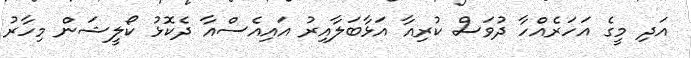
އަދި މީގެ އަހަރެއްހާ ދުވަސް ކުރިއާ އަޅާބަލާއިރު އައިއެސްއާ ދެކޮޅު ކޯލީޝަން މިހާރު